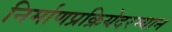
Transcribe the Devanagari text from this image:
निर्माणप्रक्रियेदरम्यान